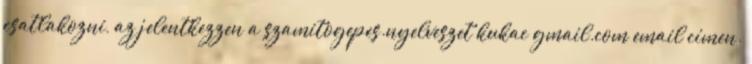
csatlakozni, az jelentkezzen a szamitogepes.nyelveszet kukac gmail.com email címen.